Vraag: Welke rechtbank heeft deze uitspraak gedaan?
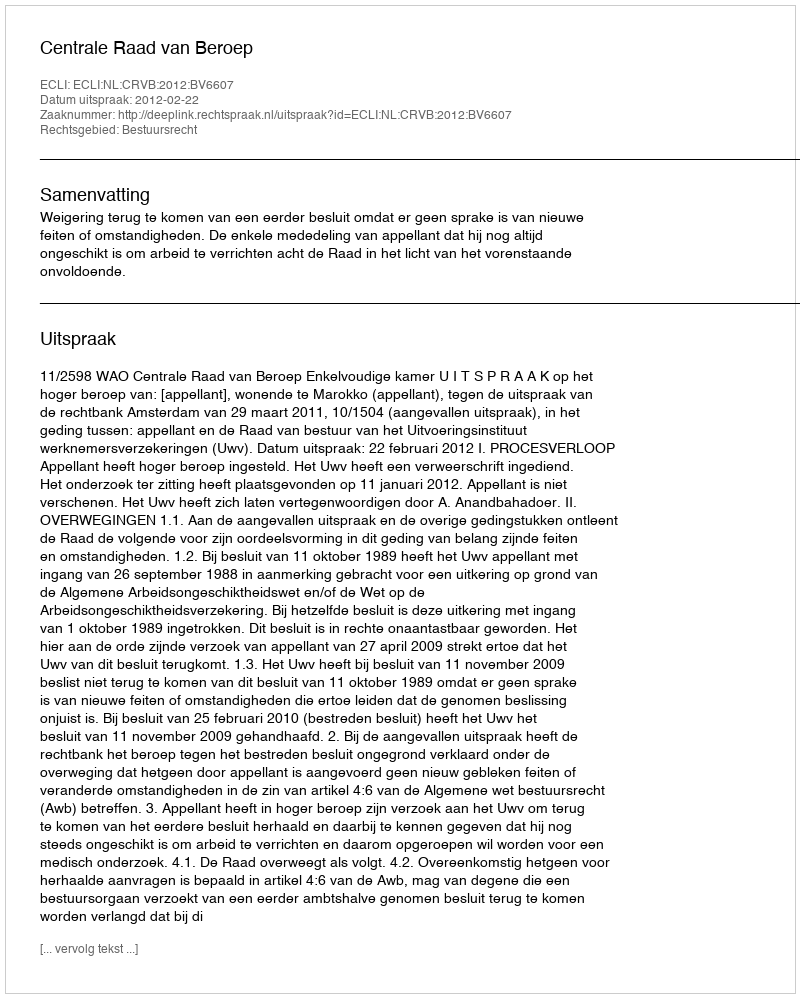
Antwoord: Centrale Raad van Beroep